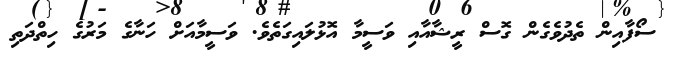
ސޯފާއިން ތެދުވެގެން ގޮސް ރީޝާއާއި ވަސީމާ އޮޅުލައިގަތެވެ. ވަސީމާއަށް ހަނާގެ މަރުގެ ހިތްދަތި